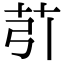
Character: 䒡